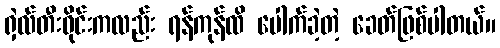
ရှဲလ်တီးဝိုင်းကလည်း ရန်ကုန်ထိ ပေါက်ခဲ့တဲ့ ခေတ်ဖြစ်ပါတယ်။